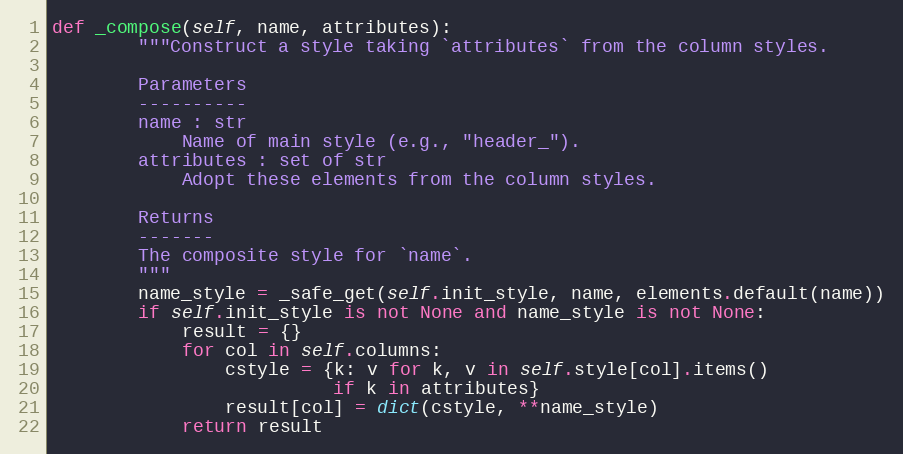
Language: Python
def _compose(self, name, attributes):
        """Construct a style taking `attributes` from the column styles.

        Parameters
        ----------
        name : str
            Name of main style (e.g., "header_").
        attributes : set of str
            Adopt these elements from the column styles.

        Returns
        -------
        The composite style for `name`.
        """
        name_style = _safe_get(self.init_style, name, elements.default(name))
        if self.init_style is not None and name_style is not None:
            result = {}
            for col in self.columns:
                cstyle = {k: v for k, v in self.style[col].items()
                          if k in attributes}
                result[col] = dict(cstyle, **name_style)
            return result